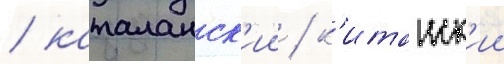
/ каталанск'ии / к'итаиск'ии